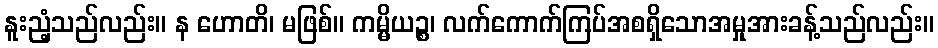
နူးညံ့သည်လည်း။ န ဟောတိ၊ မဖြစ်။ ကမ္မိယဉ္စ၊ လက်ကောက်ကြပ်အစရှိသောအမှုအားခန့်သည်လည်း။